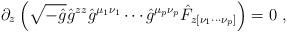
LaTeX: \begin{align*}\partial_z \left( \sqrt{-\hat{g}} \hat{g}^{zz} \hat{g}^{\mu_1 \nu_1} \cdots \hat{g}^{\mu_p \nu_p } \hat{F}_{z [ \nu_1 \cdots \nu_p ] } \right) = 0 ~ , \end{align*}